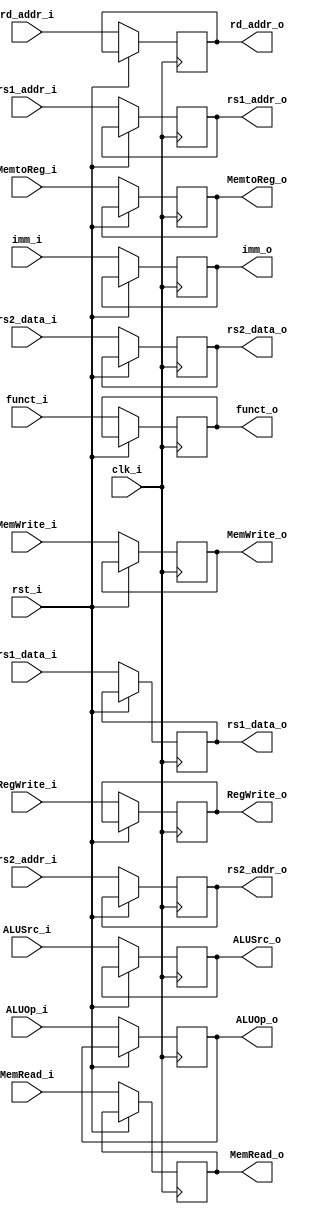
module ID_EX
(
    clk_i,
    rst_i,

    RegWrite_i,
    MemtoReg_i,
    MemRead_i,
    MemWrite_i,
    ALUOp_i,
    ALUSrc_i,
    rs1_data_i,
    rs2_data_i,
    rs1_addr_i,
    rs2_addr_i,
    rd_addr_i,
    funct_i,
    imm_i,

    RegWrite_o,
    MemtoReg_o,
    MemRead_o,
    MemWrite_o,
    ALUOp_o,
    ALUSrc_o,
    rs1_data_o,
    rs2_data_o,
    rs1_addr_o,
    rs2_addr_o,
    rd_addr_o,
    funct_o,
    imm_o
);

// Interface
input          clk_i, rst_i;
input          RegWrite_i, MemtoReg_i, MemRead_i, MemWrite_i;
input          ALUSrc_i;
input   [1:0]  ALUOp_i;

input  [31:0]  rs1_data_i, rs2_data_i;
input   [4:0]  rs1_addr_i, rs2_addr_i, rd_addr_i;
input   [9:0]  funct_i;
input  [31:0]  imm_i;

output         RegWrite_o, MemtoReg_o, MemRead_o, MemWrite_o;
output         ALUSrc_o;
output  [1:0]  ALUOp_o;

output [31:0]  rs1_data_o, rs2_data_o;
output  [4:0]  rs1_addr_o, rs2_addr_o, rd_addr_o;
output  [9:0]  funct_o;
output [31:0]  imm_o;
// memory
reg            RegWrite_o, MemtoReg_o, MemRead_o, MemWrite_o;
reg            RegWrite;
reg            ALUSrc_o;
reg     [1:0]  ALUOp_o;

reg    [31:0]  rs1_data_o, rs2_data_o;
reg     [4:0]  rs1_addr_o, rs2_addr_o, rd_addr_o;
reg     [9:0]  funct_o;
reg    [31:0]  imm_o;

always@(posedge clk_i or posedge rst_i) begin
    // use all non-blocking
    if(~rst_i) begin
        RegWrite_o  <=  RegWrite_i;
        MemtoReg_o  <=  MemtoReg_i;
        MemRead_o   <=  MemRead_i;
        MemWrite_o  <=  MemWrite_i;
        ALUOp_o     <=  ALUOp_i;
        ALUSrc_o    <=  ALUSrc_i;
        rs1_data_o  <=  rs1_data_i;
        rs2_data_o  <=  rs2_data_i;
        rs1_addr_o  <=  rs1_addr_i;
        rs2_addr_o  <=  rs2_addr_i;
        rd_addr_o   <=  rd_addr_i;
        funct_o     <=  funct_i;
        imm_o       <=  imm_i;
    end
end

endmodule